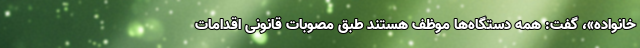
خانواده»، گفت: همه دستگاه‌ها موظف هستند طبق مصوبات قانونی اقدامات